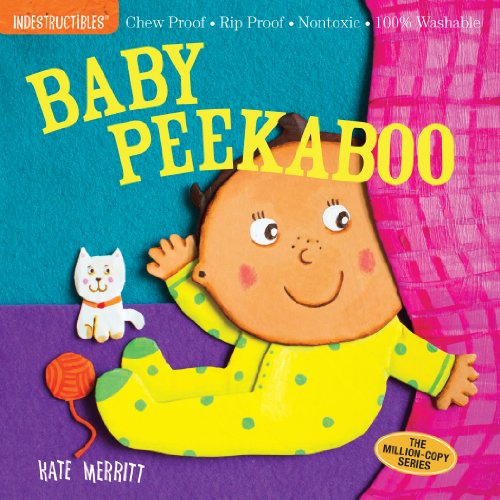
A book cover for Indestructibles: Baby Peekaboo; Amy Pixton; Parenting & Relationships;